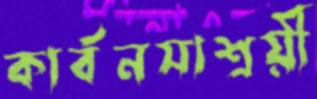
কার্বনসাশ্রয়ী